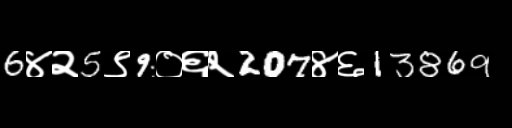
Text: 6४२5९9०६२207४६13869